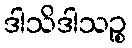
ဒါသိဒါသဉ္စ